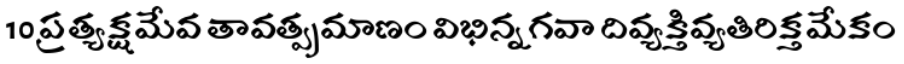
10 ప్రత్యక్షమేవ తావత్ప్రమాణం విభిన్నగవా దివ్యక్తివ్యతిరిక్తమేకం